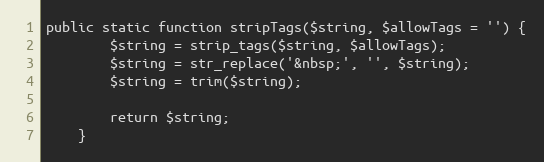
Language: PHP
public static function stripTags($string, $allowTags = '') {
		$string = strip_tags($string, $allowTags);
		$string = str_replace('&nbsp;', '', $string);
		$string = trim($string);

		return $string;
	}